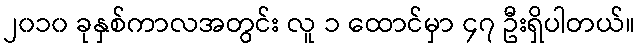
၂၀၁၀ ခုနှစ်ကာလအတွင်း လူ ၁ ထောင်မှာ ၄၇ ဦးရှိပါတယ်။